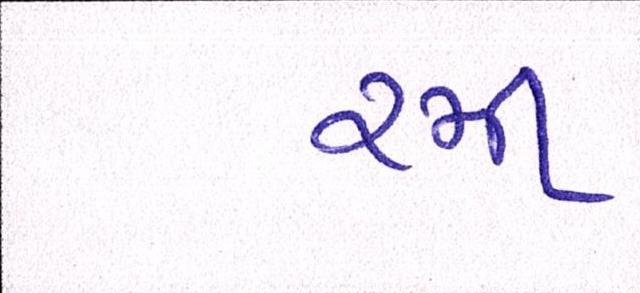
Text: રમી